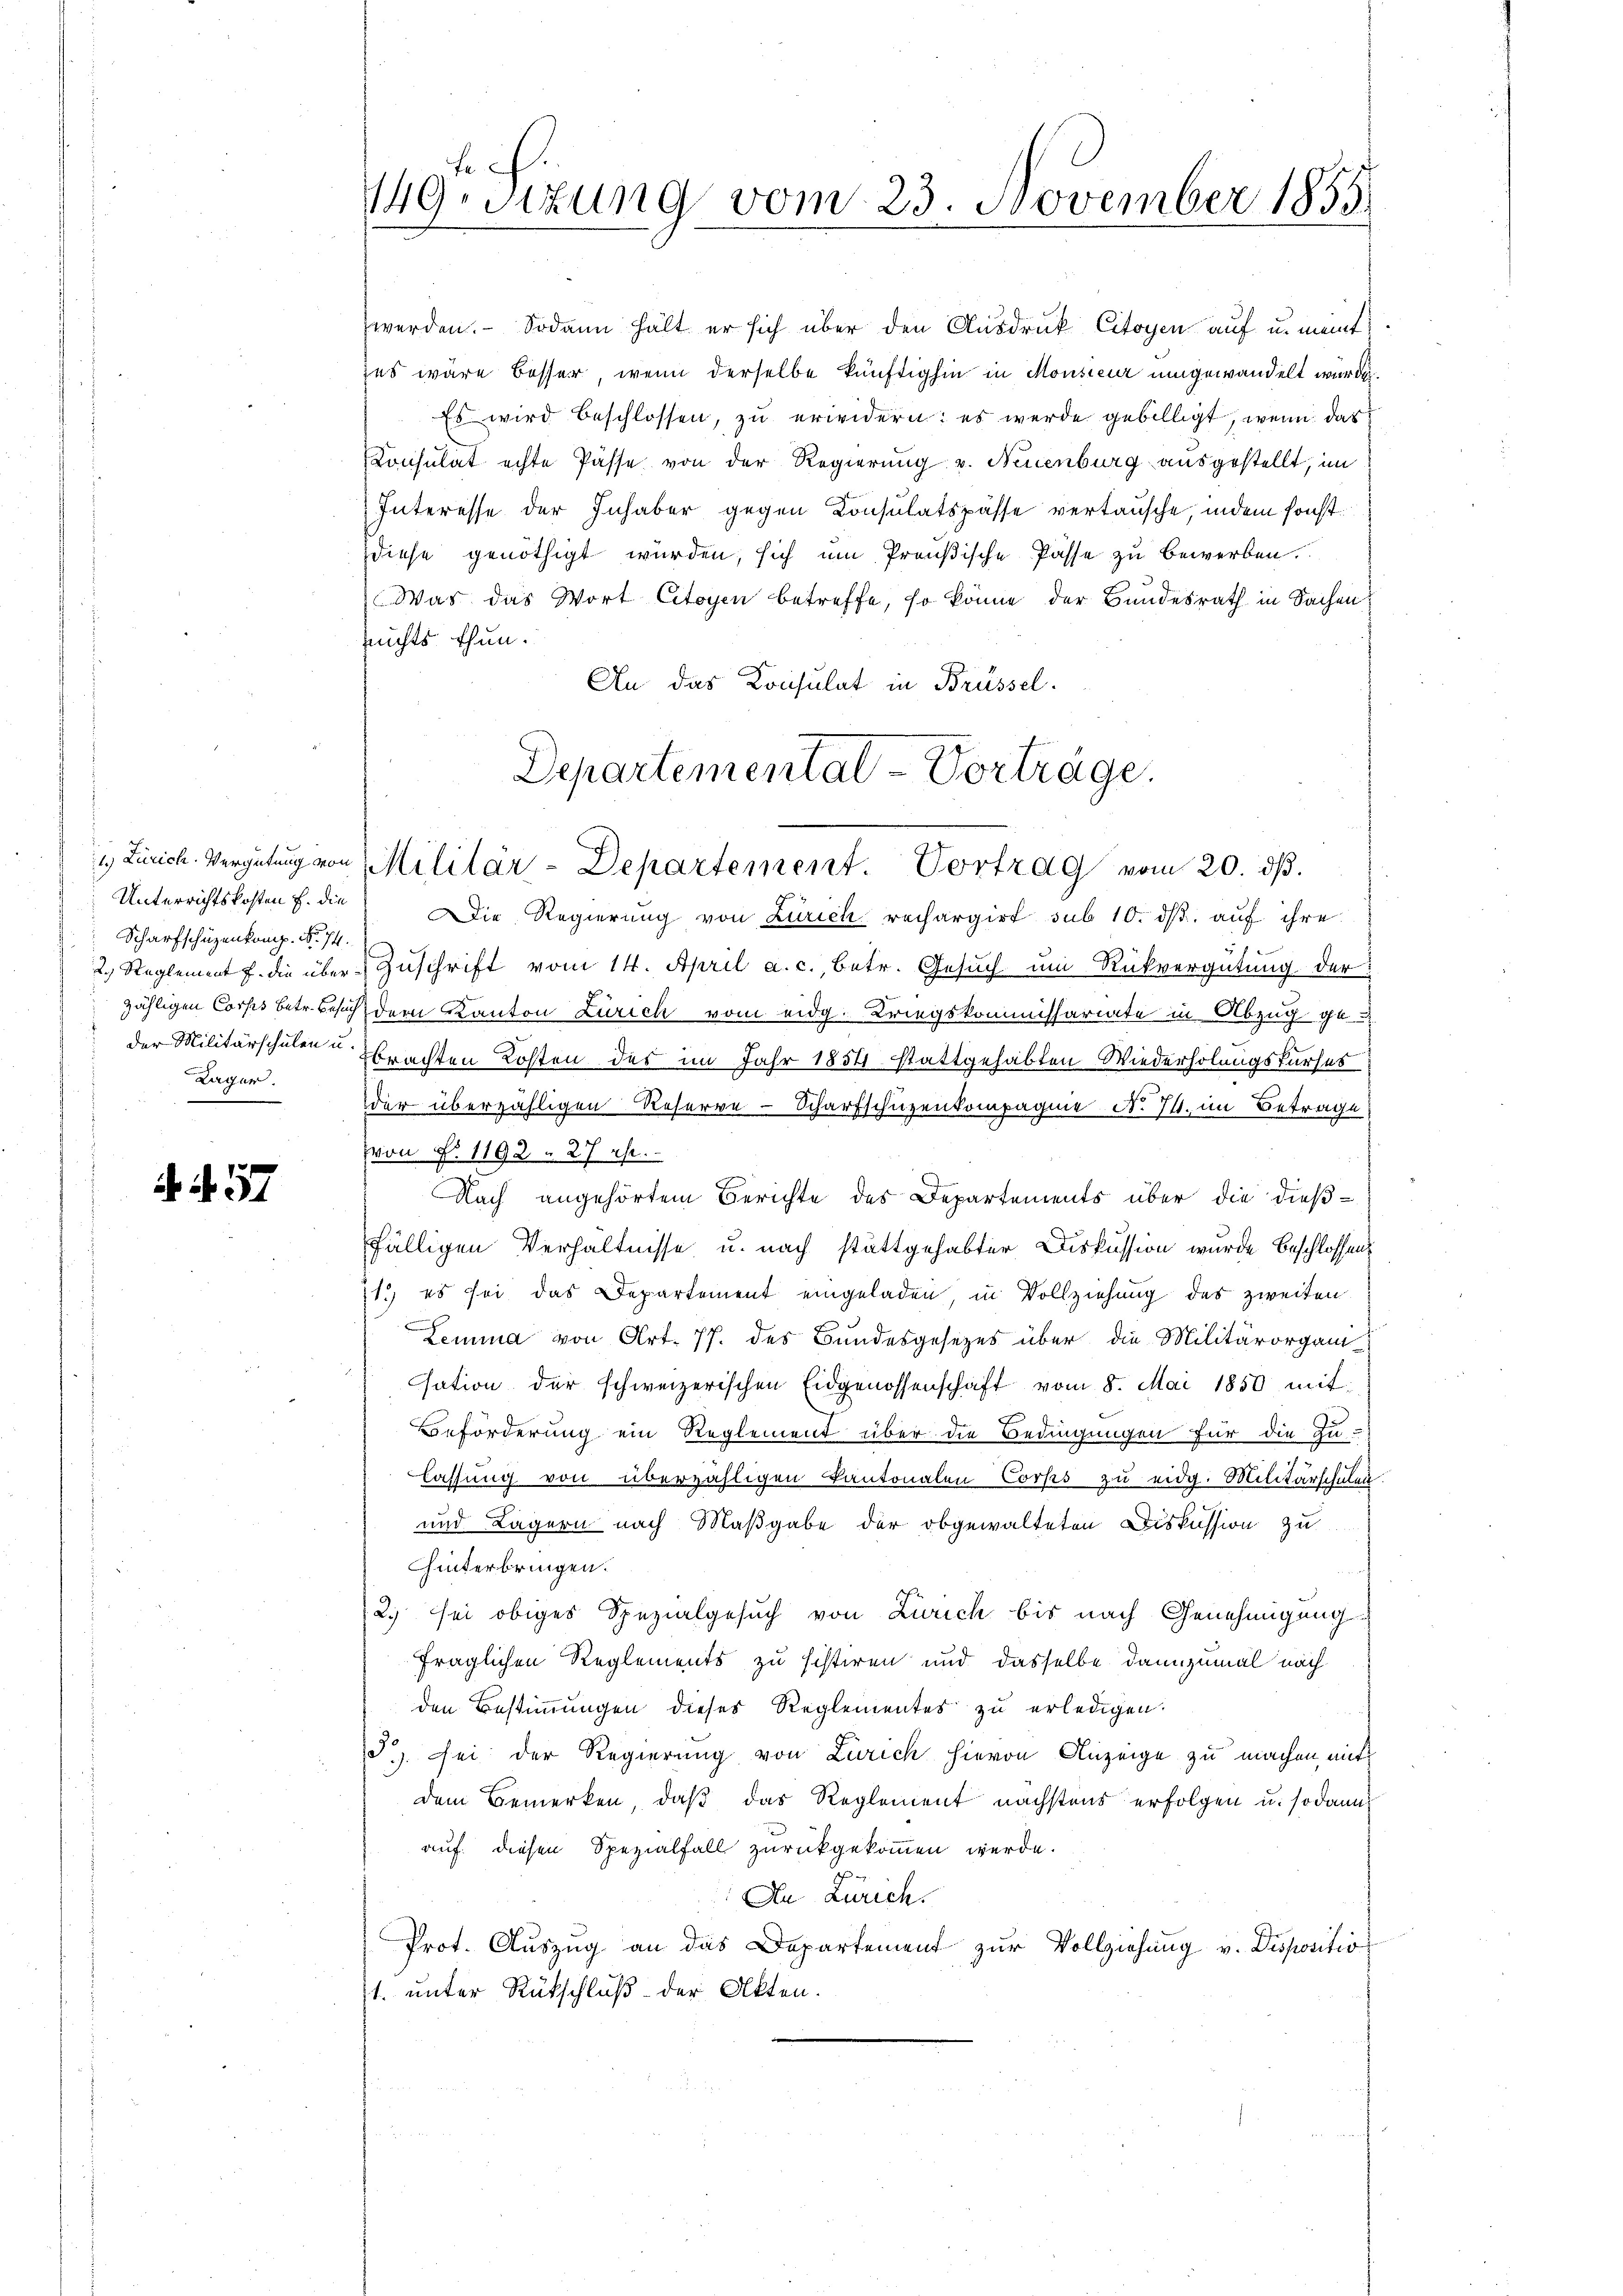
Unterrichtskosten u. die
Scharfschüzenkomp. Nr. 74.
Lager.

. 57

2
19.sizung vom 23. November 1855.

werden. Sodann hält er sich über den Ausdruck Citoyen auf u. meint
zes wäre besser, wenn derselbe künftighin in Monsieur umgewandelt wurde.
Es wird beschlossen, zu erwidern: es werde gebilligt, wenn das
Consulat echte Pässe von der Regierung v. Neuenburg ausgestellt, im
Interesse der Inhaber gegen Consulatspasse vertausche, indem sonst
diese genöthigt würden, sich um Preußische Pässe zu bewerben.
Was das Wort Citoyen betreffe, so könne der Bundesrath in Sachen
nchts thun.
An das Konsulat in Brüssel.

Departemental-Vorträge.
11) Zürich. Vergütung von Militär-Departement. Portrag vom 20. dβ.

Die Regierung von Zürich rechargirt sub 10. dβ aŭf ihre
2.) Reglement J. die über Zuschrift vom 14. April a. c., betr. Gesuch um Rückvergütung der
zähligen Corps betr. Besuch, dem Kanton Zürich vom eidg. Kriegskommissariate in Abzug ge-
 der Militärschulen u. brachten Kosten des im Jahr 1854 stattgehabten Wiederholungskurses
der überzähligen Reserve-Scharfschüzenkompagnie No. 71. im Betrage
von P. 1192 n 27 rp.
Nach angehörtem Berichte des Departements über die dieß-
fälligen Verhältnisse u. nach stattgehabter Diskussion wurde beschlossen
11.) es sei das Departement eingeladen, in Vollziehung des zweiten
Lemma von Art. 77. des Bundesgesezes über die Militärorgani
sation der schweizerischen Eidgenossenschaft vom 8. Mai 1850 mit
Beförderung ein Reglement über die Bedingungen für die Zu-
lassung von überzähligen Kantonalen Corps zu eidg. Militärschulen.
und Lagern nach Maßgabe der obgewalteten Diskussion zu
hinterbringen.
2. sei obiges Spezialgesuch von Zürich bis nach Genehmigung
fraglichen Reglements zu sistiren und dasselbe dannzumal nach
den Bestimmungen dieses Reglementes zu erledigen.
). sei der Regierung von Zürich hievon Anzeige zu machen, mit
dem Bemerken, daß das Reglement nächstens erfolgen u. sodann
auf diesen Spezialfall zurückgekommen werde.
An Zürich.
Prot. Aŭszŭg an das Departement zŭr Vollziehŭng v. Dispositio
t. unter Rückschluß der Akten.